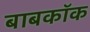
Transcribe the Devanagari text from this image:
बाबकॉक